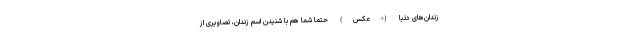
زندان‌های دنیا (+عکس) حتما شما هم با شنیدن اسم زندان، تصاویری از